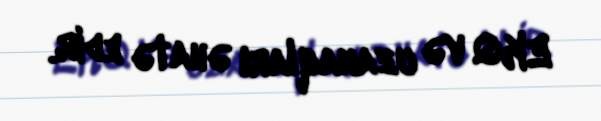
EKQ və uzanaqları əhatə edir.